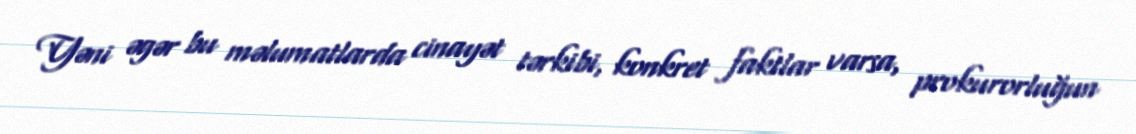
Yəni əgər bu məlumatlarda cinayət tərkibi, konkret faktlar varsa, prokurorluğun